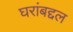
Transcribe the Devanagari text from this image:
घरांबद्दल